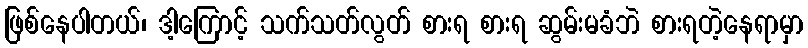
ဖြစ်နေပါတယ်၊ ဒါ့ကြောင့် သက်သတ်လွတ် စားရ စားရ ဆွမ်းမခံဘဲ စားရတဲ့နေရာမှာ